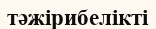
тәжірибелікті